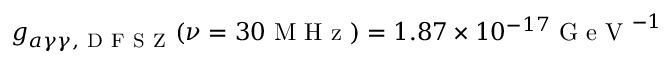
g _ { a \gamma \gamma , \mathrm { ~ D ~ F ~ S ~ Z ~ } } ( \nu = 3 0 \mathrm { ~ M ~ H ~ z ~ } ) = 1 . 8 7 \times 1 0 ^ { - 1 7 } \mathrm { ~ G ~ e ~ V ~ } ^ { - 1 }